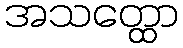
အသတ္ထော